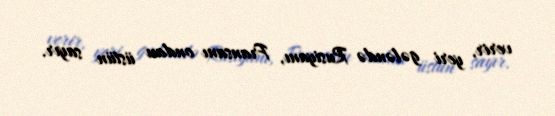
verir, yeri gələndə Rusiyanı, Fransanı ondan üstün sayır.